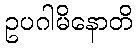
ဥပဂါမိနောတိ